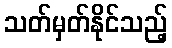
သတ်မှတ်နိုင်သည့်